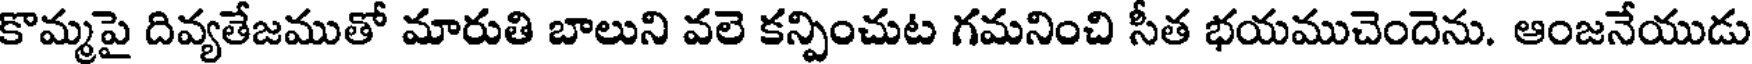
కొమ్మపై దివ్యతేజముతో మారుతి బాలుని వలె కన్పించుట గమనించి సీత భయముచెందెను. ఆంజనేయుడు